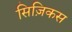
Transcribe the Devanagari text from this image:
सिज़िकस